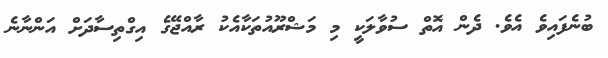
ބުނެފައިވެ އެވެ. ދެން އޮތް ސުވާލަކީ މި މަޝްރޫއުތަކާއެކު ރާއްޖޭގެ އިގްތިސާދަށް އަންނާނެ